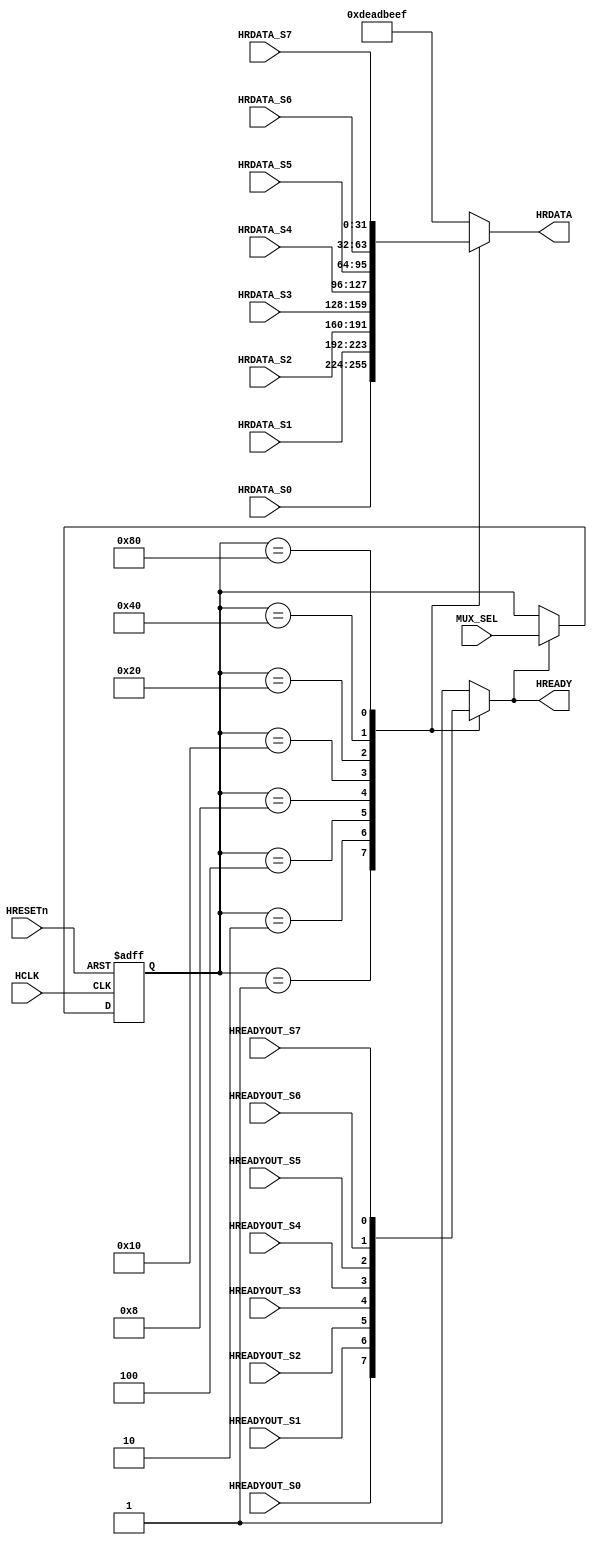
module AHBMUX
(
	input wire 		    HCLK,
	input wire 		    HRESETn,
	input wire [ 7:0]   MUX_SEL, 
	
	input wire [31:0]   HRDATA_S0, 
	input wire [31:0]   HRDATA_S1, 
	input wire [31:0]   HRDATA_S2, 
	input wire [31:0]   HRDATA_S3, 
	input wire [31:0]   HRDATA_S4, 
	input wire [31:0]   HRDATA_S5, 
	input wire [31:0]   HRDATA_S6, 
	input wire [31:0]   HRDATA_S7, 
	
	input wire 			HREADYOUT_S0,
	input wire 			HREADYOUT_S1,
	input wire 			HREADYOUT_S2,
	input wire 			HREADYOUT_S3,
	input wire 			HREADYOUT_S4,
	input wire 			HREADYOUT_S5,
	input wire 			HREADYOUT_S6,
	input wire 			HREADYOUT_S7,	

	output reg [31:0]	HRDATA,
	output reg 	   		HREADY
);

reg [7:0]	MUX_SEL_r;

always@(posedge HCLK or negedge HRESETn)
begin
	if(!HRESETn)
		MUX_SEL_r <= 8'h0;
	else if(HREADY)
		MUX_SEL_r <= MUX_SEL;
end

always@(*)
begin
	case(MUX_SEL_r)
		8'h01:begin
			HRDATA = HRDATA_S0;
			HREADY = HREADYOUT_S0;
		end

		8'h02:begin
			HRDATA = HRDATA_S1;
			HREADY = HREADYOUT_S1;
		end
		
		8'h04:begin
			HRDATA = HRDATA_S2;
			HREADY = HREADYOUT_S2;
		end
		
		8'h08:begin
			HRDATA = HRDATA_S3;
			HREADY = HREADYOUT_S3;
		end
		
		8'h10:begin
			HRDATA = HRDATA_S4;
			HREADY = HREADYOUT_S4;
		end
		
		8'h20:begin
			HRDATA = HRDATA_S5;
			HREADY = HREADYOUT_S5;
		end
		
		8'h40:begin
			HRDATA = HRDATA_S6;
			HREADY = HREADYOUT_S6;
		end
		
		8'h80:begin
			HRDATA = HRDATA_S7;
			HREADY = HREADYOUT_S7;
		end
		
		default:begin
			HRDATA = 32'hdeadbeef;
			HREADY = 1'b1;
		end
	endcase
end

endmodule